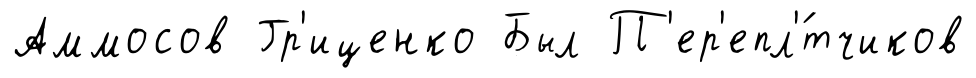
Аммосов Гр'иценко Был П'ер'епл'́тчиков